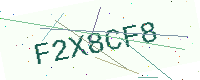
Text: F2X8CF8